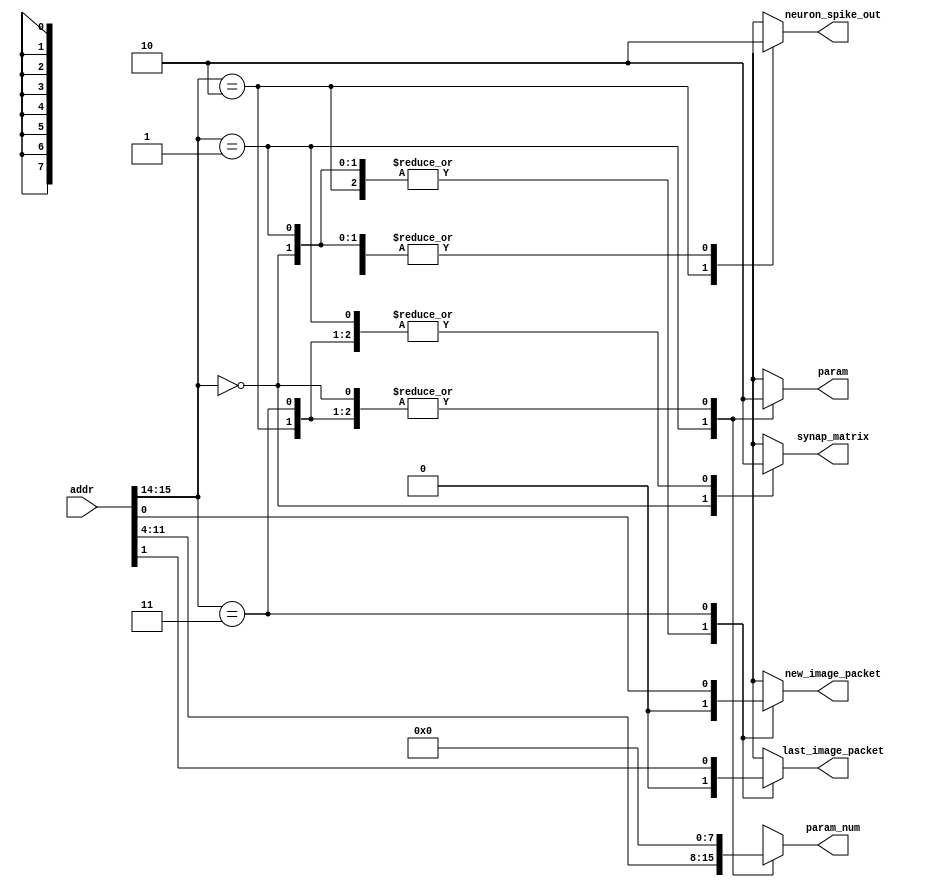
/*
 * Memory Mapping
 * Address Range                | Address[15:14] | Description
 * -----------------------------------------------------
 * 0x30000000 - 0x30001FFF      | 00            | Synapse matrix
 * Memory region for synapse matrix configuration.
 *
 * 0x30004000 - 0x30004FFF      | 01            | Neuron Parameters
 * Region for setting neuron parameters.
 * Address[11:4] Decoding for determining the neuron index of parameter
 *
 * 0x30008000 - 0x30008003      | 10            | Neuron spike out
 * Output for neuron spike events.
 *
 * 0x3000C000 - 0x3000C003      | 11            | Spike events
 * Memory region for logging spike events.
 * Address[1:0] Decoding for Spike Events:
 * 00: synap_matrix_select = 1
 * 01: param_select = 1
 * 10: neuron_spike_out_select = 1
 * 11: last_event_spike = 1
 */
module AddressDecoder_256x256 (
    input [31:0] addr,
    output reg synap_matrix,
    output reg param,
    output reg [7:0] param_num,   // Will be valid only if address is in param range
    output reg neuron_spike_out,
    output reg new_image_packet,
    output reg last_image_packet
);

    always @(addr) begin
        // Default outputs to 0
        synap_matrix = 0;
        param = 0;
        param_num = 7'b0;
        neuron_spike_out = 0;
        new_image_packet = 0;
        last_image_packet = 0;

        case(addr[15:14])
            2'b00: synap_matrix = 1;
            2'b01: begin
                param = 1;
                param_num = addr[11:4]; // Param num takes 8 bit to represent 256 params
            end
            2'b10: neuron_spike_out = 1;
            2'b11: begin 
                new_image_packet = addr[0];
                last_image_packet = addr[1];
            end
            default: ; // Do nothing, outputs remain 0
        endcase
    end

endmodule